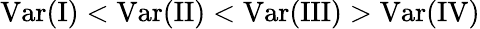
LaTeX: \mathrm{Var(I)}<\mathrm{Var(II)}<\mathrm{Var(III)}>\mathrm{Var(IV)}